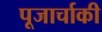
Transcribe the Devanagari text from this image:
पूजार्चाकी